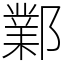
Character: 鄴